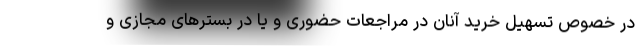
در خصوص تسهیل خرید آنان در مراجعات حضوری و یا در بسترهای مجازی و